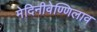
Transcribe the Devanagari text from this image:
मेदिनीवेण्णिलाव